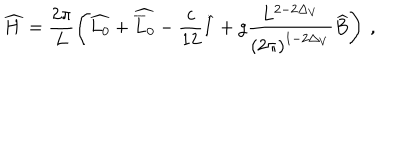
\widehat { H } = \frac { 2 \pi } { L } \left( \widehat { L _ { 0 } } + \widehat { \overline { { { L } } } _ { 0 } } - \frac { c } { 1 2 } \widehat { I } + g \frac { L ^ { 2 - 2 \Delta _ { V } } } { \left( 2 \pi \right) ^ { 1 - 2 \Delta _ { V } } } \widehat { B } \right) \: ,